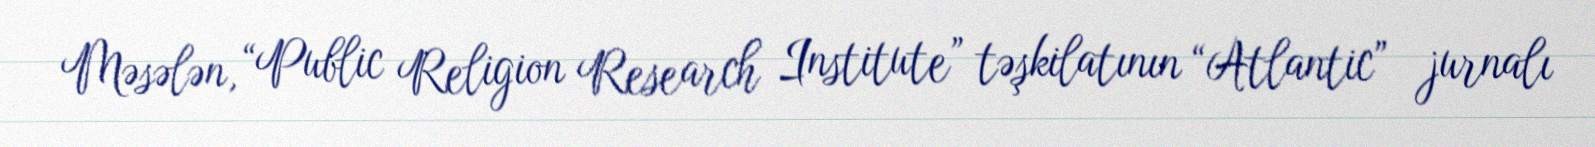
Məsələn, “Public Religion Research Institute” təşkilatının “Atlantic” jurnalı